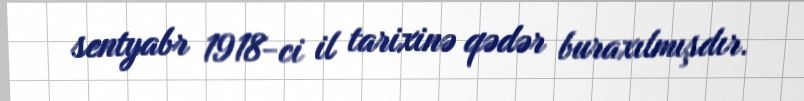
sentyabr 1918-ci il tarixinə qədər buraxılmışdır.